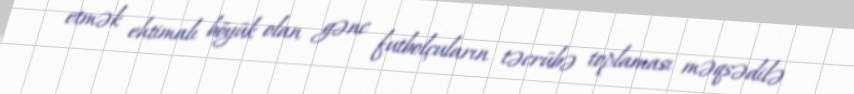
etmək ehtimalı böyük olan gənc futbolçuların təcrübə toplaması məqsədilə